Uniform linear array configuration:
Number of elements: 4
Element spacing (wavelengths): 0.75
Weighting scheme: blackman
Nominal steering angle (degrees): -30
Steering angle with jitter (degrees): -31.53
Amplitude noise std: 0.05
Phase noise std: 0.05

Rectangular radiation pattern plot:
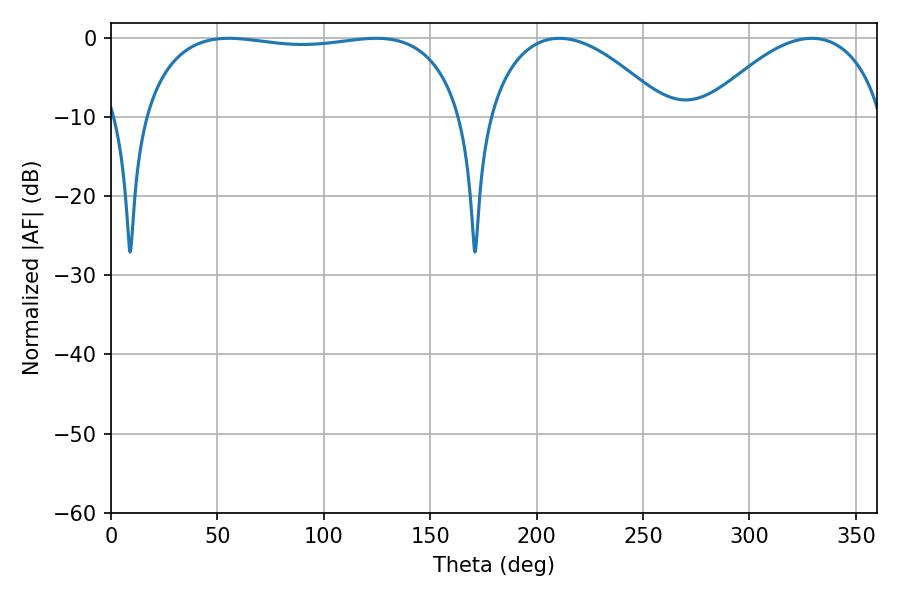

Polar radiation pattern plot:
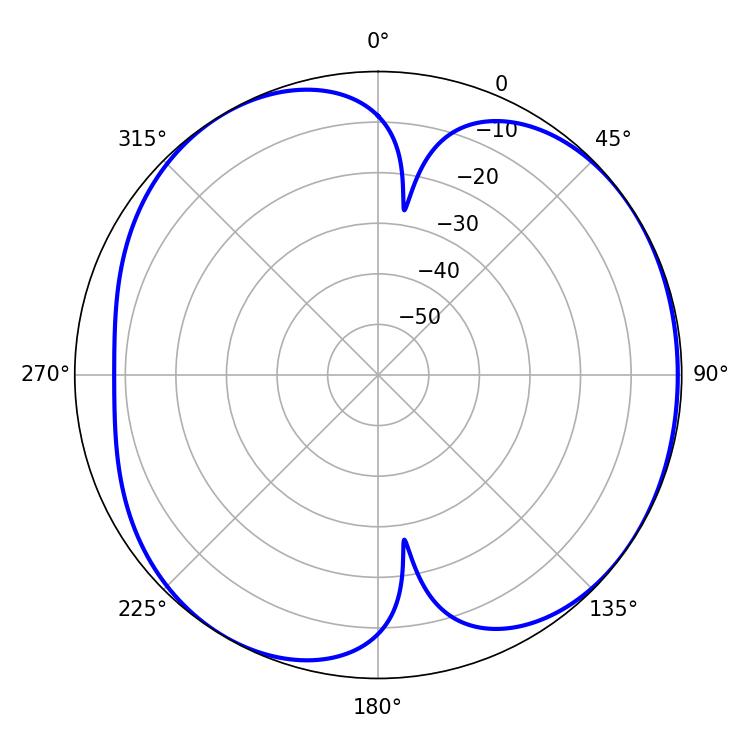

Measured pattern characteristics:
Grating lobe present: TRUE
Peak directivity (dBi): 5.282
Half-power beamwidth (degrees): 121.32
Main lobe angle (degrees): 55.44